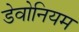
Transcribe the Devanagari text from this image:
डेवोनियम